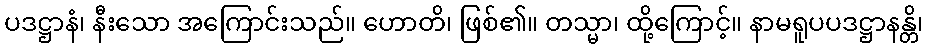
ပဒဋ္ဌာနံ၊ နီးသော အကြောင်းသည်။ ဟောတိ၊ ဖြစ်၏။ တသ္မာ၊ ထို့ကြောင့်။ နာမရူပပဒဋ္ဌာနန္တိ၊